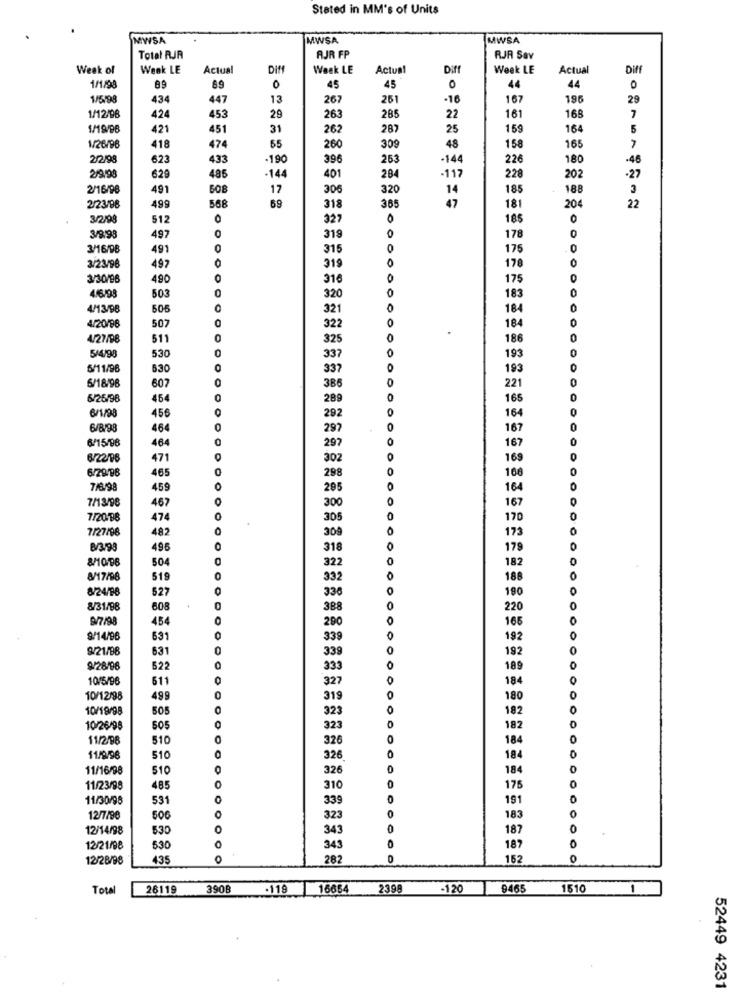
Stated in MM's of Units
MWSA
MWSA
MWSA
Total RJR
AJR FP
RJR Sav
Week of
Week LE
Actual
DIf
Weak LE
Actual
Diff
Week LE
Actual
Diff
1/1/98
89
89
0
45
45
0
44
44
0
1/5/98
434
447
13
267
261
.10
167
196
29
1/12/98
161
424
453
29
263
285
22
168
7
1/19/96
421
451
31
262
287
25
159
164
5
1/26/96
418
474
65
260
309
48
158
165
7
2/2/99
623
433
-190
396
263
-144
226
180
.46
.27
2/9/98
629
485
-144
401
284
-117
228
202
2/16/98
491
608
17
306
320
14
185
188
3
69
47
2/23/98
499
568
318
365
181
204
22
3/2/98
512
0
327
185
0
0
3/9/98
497
319
0
178
3/16/98
491
315
175
0
3/23/96
178
0
497
319
3/30/96
490
316
175
0
0
0
183
0
4/6/98
503
320
4/13/98
505
321
184
507
0
4/20/98
322
184
4/27/98
511
0
325
186
5/4/98
530
337
193
5/11/96
630
337
193
6/18/96
607
386
221
6/26/98
454
289
165
6/1/98
456
292
164
6/8/98
464
297
167
6/15/98
464
167
297
6/22/06
471
302
169
6/29/98
465
166
298
7/6/98
459
265
164
7/13/98
467
300
167
7/20/98
474
305
170
7/27/98
482
309
173
B/3/98
496
318
179
504
322
182
0
8/17/98
519
332
188
0
8/24/98
527
336
190
8/31/98
608
388
220
O
9/7/98
454
290
O
165
9/14/96
631
339
192
9/21/98
631
339
192
O
9/28/96
522
333
189
O
10/5/96
611
327
184
10/12/98
499
0
319
180
10/19/98
505
0
323
182
OO
10/26/98
505
0
323
0
182
11/2/98
510
0
326
184
O
11/9/96
510
326
184
0
11/16/98
510
326
184
11/23/98
485
310
175
11/30/98
531
0
339
O
191
12/7/98
506
323
183
12/14/98
530
343
187
0
12/21/98
530
343
187
12/28/98
435
282
152
Total
26119
390B
.119
16654
2398
-120
9465
1510
1
52449 4231